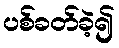
ပစ်ခတ်ခဲ့၍